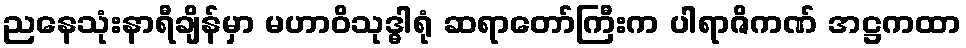
ညနေသုံးနာရီချိန်မှာ မဟာဝိသုဒ္ဓါရုံ ဆရာတော်ကြီးက ပါရာဇိကဏ် အဋ္ဌကထာ